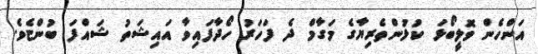
އަންހެން ވޮލީބޯޅަ ކުޅުންތެރިޔާގެ މަގާމް ދެ ފަހަރު ހޯދާފައިވާ އައިޝަތު ޝައްފަ ބުންޏެވެ.